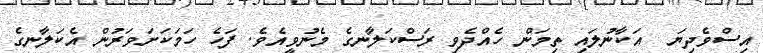
އިސްވެދިޔަ  އަކާނުލައި ތިމަން ހެއްދެވި ރަސްކަލާނގެ މެނުވީއެވެ. ފަހެ ހަމަކަށަވަރުން އެކަލާނގެ